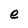
Character: e